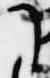
了